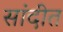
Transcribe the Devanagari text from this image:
सांदीत